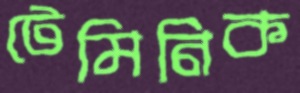
টেমিনিক